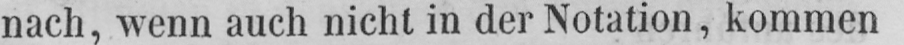
nach, wenn auch nicht in der Notation, kommen